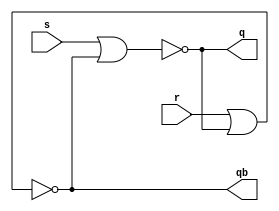
module sr(input s,r,output q,qb);
nor(q,s,qb);
nor(qb,r,q);
endmodule